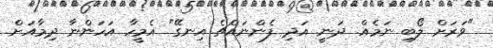
"ވަރަށް ލޯބި ނަމެއް. ދަނީ. އަދި ފެންނައްޗެ އިނގޭ" އެމީހާ އަހަންނާ ދިމާއަށް